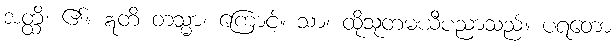
အတ္ထိ၊ ၏။ ဣတိ တသ္မာ၊ ကြောင့်။ သာ၊ ထိုသုတမယီပညာသည်။ ပရတော